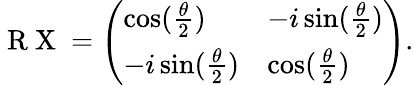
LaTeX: \mathrm{~R~X~}=\left(\begin{array}{ll}{\cos(\frac{\theta}{2})}&{-i\sin(\frac{\theta}{2})}\\ {-i\sin(\frac{\theta}{2})}&{\cos(\frac{\theta}{2})}\end{array}\right).